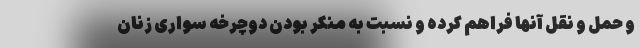
و حمل و نقل آنها فراهم کرده و نسبت به منکر بودن دوچرخه سواری زنان